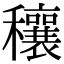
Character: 穰